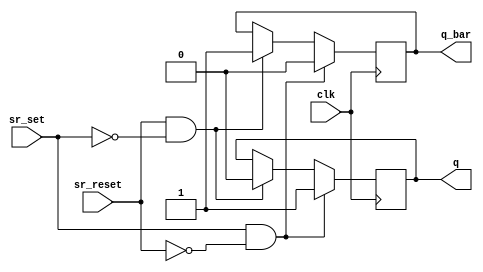
module sr_latch (
    input wire clk,
    input wire sr_set,
    input wire sr_reset,
    output reg q,
    output reg q_bar
);

always @(posedge clk) begin
    if (sr_set && !sr_reset) begin
        q <= 1'b1;
        q_bar <= 1'b0;
    end else if (sr_reset && !sr_set) begin
        q <= 1'b0;
        q_bar <= 1'b1;
    end
end

endmodule